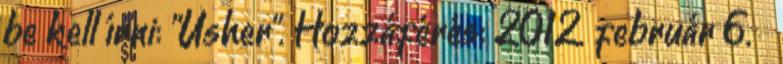
be kell írni: "Usher". Hozzáférés: 2012. február 6. ↑